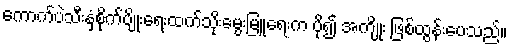
ကောက်ပဲသီးနှံစိုက်ပျိုးရေးထက်သိုးမွေးမြူရေးက ပို၍ အကျိုး ဖြစ်ထွန်းပေသည်။